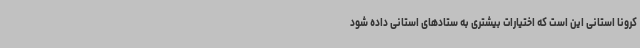
کرونا استانی این است که اختیارات بیشتری به ستادهای استانی داده شود